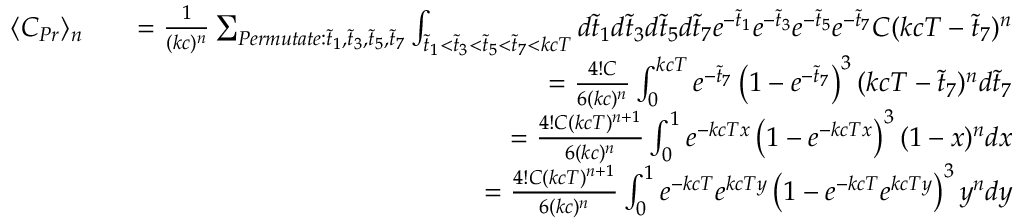
\begin{array} { r l r } { \langle C _ { P r } \rangle _ { n } } & { } & { = \frac { 1 } { ( k c ) ^ { n } } \sum _ { P e r m u t a t e : \tilde { t } _ { 1 } , \tilde { t } _ { 3 } , \tilde { t } _ { 5 } , \tilde { t } _ { 7 } } \int _ { \tilde { t } _ { 1 } < \tilde { t } _ { 3 } < \tilde { t } _ { 5 } < \tilde { t } _ { 7 } < k c T } d \tilde { t } _ { 1 } d \tilde { t } _ { 3 } d \tilde { t } _ { 5 } d \tilde { t } _ { 7 } e ^ { - \tilde { t } _ { 1 } } e ^ { - \tilde { t } _ { 3 } } e ^ { - \tilde { t } _ { 5 } } e ^ { - \tilde { t } _ { 7 } } C ( k c T - \tilde { t } _ { 7 } ) ^ { n } } \\ & { } & { = \frac { 4 ! C } { 6 ( k c ) ^ { n } } \int _ { 0 } ^ { k c T } e ^ { - \tilde { t } _ { 7 } } \left( 1 - e ^ { - \tilde { t } _ { 7 } } \right) ^ { 3 } ( k c T - \tilde { t } _ { 7 } ) ^ { n } d \tilde { t } _ { 7 } } \\ & { } & { = \frac { 4 ! C ( k c T ) ^ { n + 1 } } { 6 ( k c ) ^ { n } } \int _ { 0 } ^ { 1 } e ^ { - k c T x } \left( 1 - e ^ { - k c T x } \right) ^ { 3 } ( 1 - x ) ^ { n } d x } \\ & { } & { = \frac { 4 ! C ( k c T ) ^ { n + 1 } } { 6 ( k c ) ^ { n } } \int _ { 0 } ^ { 1 } e ^ { - k c T } e ^ { k c T y } \left( 1 - e ^ { - k c T } e ^ { k c T y } \right) ^ { 3 } y ^ { n } d y } \end{array}